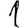
Digit: 1